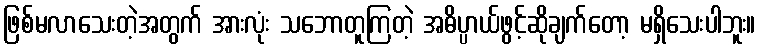
ဖြစ်မလာသေးတဲ့အတွက် အားလုံး သဘောတူကြတဲ့ အဓိပ္ပာယ်ဖွင့်ဆိုချက်တော့ မရှိသေးပါဘူး။